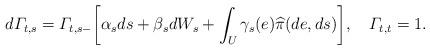
LaTeX: \begin{align*} d\varGamma_{t,s} = \varGamma_{t,s-} \biggl[\alpha_s ds + \beta_s dW_s + \int_U \gamma_s(e)\widehat{\pi}(de,ds) \biggr],\quad\varGamma_{t,t}=1.\end{align*}